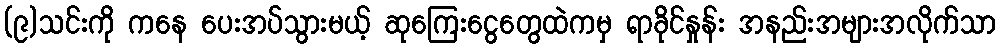
(၉)သင်းကို ကနေ ပေးအပ်သွားမယ့် ဆုကြေးငွေတွေထဲကမှ ရာခိုင်နှုန်း အနည်းအများအလိုက်သာ